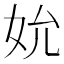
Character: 𪥬